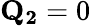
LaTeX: \mathbf{Q_{2}}=0